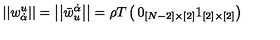
\left| \left| w _ { \dot { \alpha } } ^ { u } \right| \right| = \left| \left| \bar { w } _ { u } ^ { \dot { \alpha } } \right| \right| = \rho T \left( \begin{matrix} { 0 _ { [ N - 2 ] \times [ 2 ] } } \\ { 1 _ { [ 2 ] \times [ 2 ] } } \\ \end{matrix} \right)